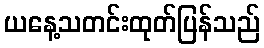
ယနေ့သတင်းထုတ်ပြန်သည်